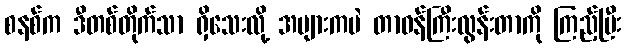
စနစ်က ဒီတစ်တိုက်သာ ရှိသေးလို့ အများကပဲ တာဝန်ကြီးလွန်းတာကို ကြည့်ပြီး